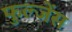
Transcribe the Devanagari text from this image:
फुल्जेंस